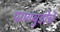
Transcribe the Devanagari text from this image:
पाणबुडींचे